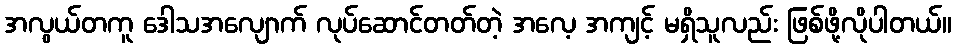
အလွယ်တကူ ဒေါသအလျောက် လုပ်ဆောင်တတ်တဲ့ အလေ့ အကျင့် မရှိသူလည်း ဖြစ်ဖို့လိုပါတယ်။